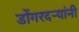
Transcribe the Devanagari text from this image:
डोंगरदऱ्यांनी